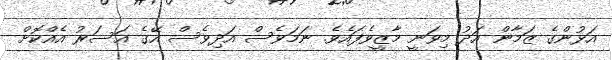
އަޅުންގެ ޒަމާން އަދު މިވަނީ މާޒީވެފައެވެ. ނަމަވެސް އަދިވެސް އޭގެ އަސަރު އެއްކޮށް